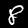
Label: 8